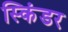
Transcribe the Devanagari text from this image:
स्किंडर